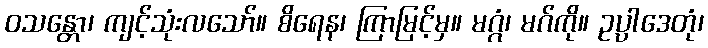
ဝသန္တော၊ ကျင့်သုံးလသော်။ စိရေန၊ ကြာမြင့်မှ။ မဂ္ဂံ၊ မဂ်ကို။ ဥပ္ပါဒေတုံ၊